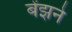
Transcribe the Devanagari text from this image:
बेंझने